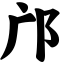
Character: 邝